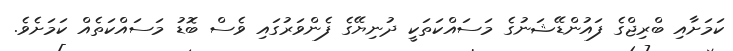
ކަމަށާއި ބްރިޖްގެ ފައުންޑޭޝަނުގެ މަސައްކަތަކީ ދުނިޔޭގެ ފެންވަރުގައި ވެސް ބޮޑު މަސައްކަތެއް ކަމަށެވެ.